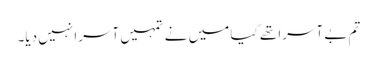
تم بے آسرا تھے کیا میں نے تمہیں آسرا نہیں دیا۔